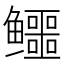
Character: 𱈚